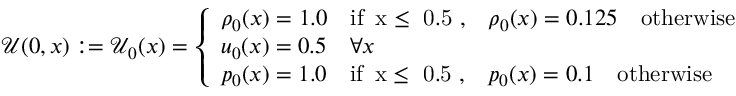
\mathcal { U } ( 0 , x ) : = \mathcal { U } _ { 0 } ( x ) = \left\{ \begin{array} { l l } { \rho _ { 0 } ( x ) = 1 . 0 \quad \mathrm { i f ~ \, x \leq ~ 0 . 5 ~ , } \quad \rho _ { 0 } ( x ) = 0 . 1 2 5 \quad \mathrm { o t h e r w i s e } } \\ { u _ { 0 } ( x ) = 0 . 5 \quad \forall x } \\ { p _ { 0 } ( x ) = 1 . 0 \quad \mathrm { i f ~ \, x \leq ~ 0 . 5 ~ , } \quad p _ { 0 } ( x ) = 0 . 1 \quad \mathrm { o t h e r w i s e } } \end{array} \right.